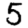
Digit: 5